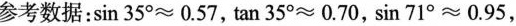
参考数据：sin35°≈0.57，tan35°≈0.70，sin71°≈0.95，